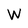
Character: W